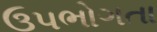
ઉપભોગતા